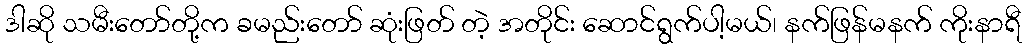
ဒါဆို သမီးတော်တို့က ခမည်းတော် ဆုံးဖြတ် တဲ့ အတိုင်း ဆောင်ရွက်ပါ့မယ်၊ နက်ဖြန်မနက် ကိုးနာရီ